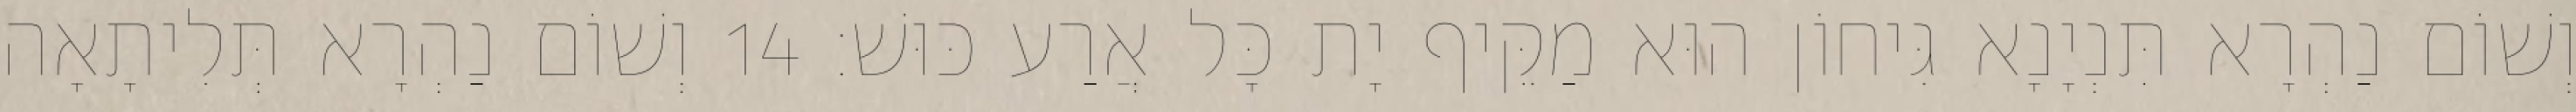
וְשׁוֹם נַהְרָא תִּנְיָנָא גִּיחוֹן הוּא מַקֵּיף יָת כָּל אֲרַע כּוּשׁ׃ 14 וְשׁוֹם נַהְרָא תְּלִיתָאָה